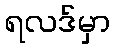
ရလဒ်မှာ